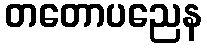
တတောပညေန